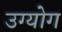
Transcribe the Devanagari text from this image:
उग्योग